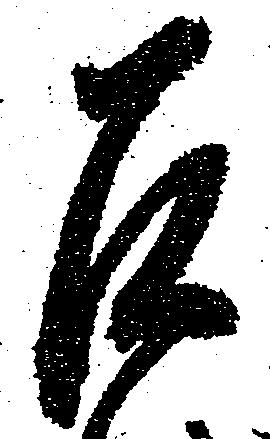
召